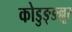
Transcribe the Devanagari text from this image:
कोडुङ्ङल्लूर